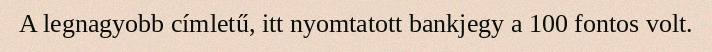
A legnagyobb címletű, itt nyomtatott bankjegy a 100 fontos volt.